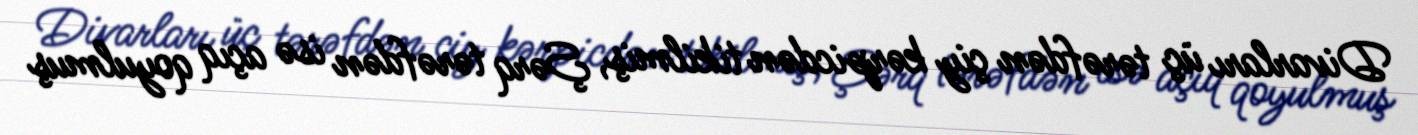
Divarları üç tərəfdən çiy kərpicdən tikilmiş, Şərq tərəfdən isə açıq qoyulmuş